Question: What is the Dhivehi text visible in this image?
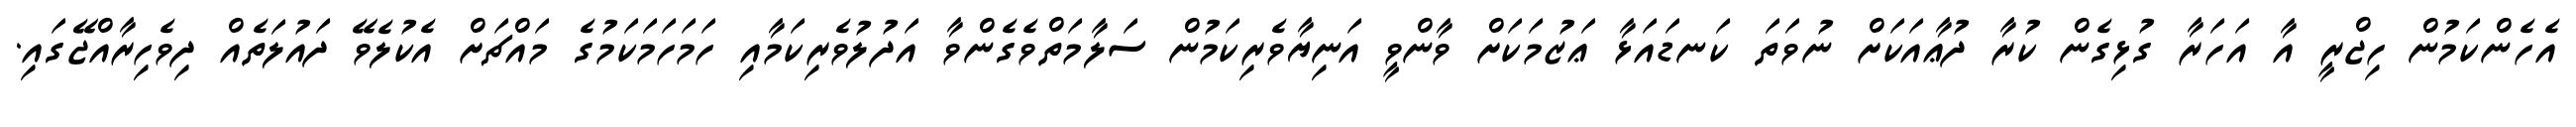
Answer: އެހެންކަމުން ހިޖްރީ އާ އަހަރާ ގުޅިގެން ކުރާ ދުޢާއަކަށް ނުވަތަ ކަނޑައަޅާ ޢަޒުމަކަށް ވާންވީ އަނިޔާވެރިކަމުން ސަލާމަތްވެގެންވާ އަދުލުވެރިކަމާއި ހަމަހަމަކަމުގެ މައްޗަށް އެކުލެވޭ ދައުލަތެއް ދިވެހިރާއްޖޭގައި.